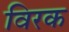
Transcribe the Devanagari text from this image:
विरक